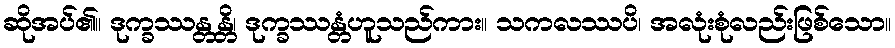
ဆိုအပ်၏။ ဒုက္ခဿန္တန္တိ၊ ဒုက္ခဿန္တံဟူသည်ကား။ သကလဿပိ၊ အလုံးစုံလည်းဖြစ်သော။